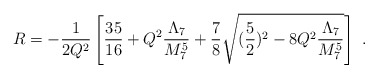
\begin{align*}R= -\frac{1}{2Q^2}\left[ \frac{35}{16} + Q^2\frac{\Lambda_7}{M_7^5} + \frac{7}{8} \sqrt{(\frac{5}{2})^2 - 8 Q^2\frac{\Lambda_7}{M_7^5}}\right]~.\end{align*}